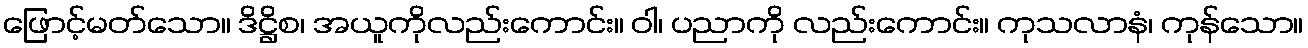
ဖြောင့်မတ်သော။ ဒိဋ္ဌိစ၊ အယူကိုလည်းကောင်း။ ဝါ၊ ပညာကို လည်းကောင်း။ ကုသလာနံ၊ ကုန်သော။